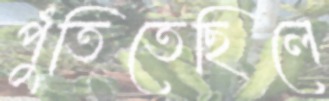
পুঁতিতেছিলে